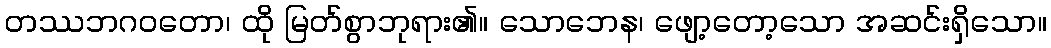
တဿဘဂဝတော၊ ထို မြတ်စွာဘုရား၏။ သောဘေန၊ ဖျော့တော့သော အဆင်းရှိသော။